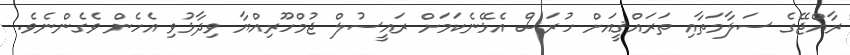
ރާއްޖޭގެ ސަލާމަތާއި ތަރައްޤީއަށް ހުރަސް އެޅޭނެކަމަށް ރައީސުލް ޖުމްހޫރިއްޔާ ވިދާޅުވި އެހެން ވެގެންނެވެ.